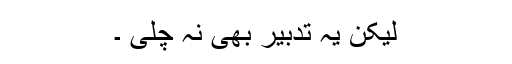
لیکن یہ تدبیر بھی نہ چلی ۔